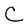
Character: C